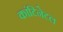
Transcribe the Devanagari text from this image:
कांटिनेटल